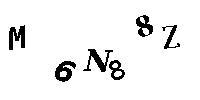
M6N88Z